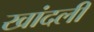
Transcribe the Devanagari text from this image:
खांदली